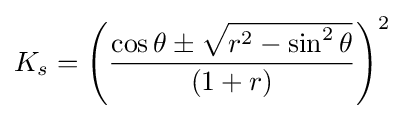
K_{s}=\left({\frac {\cos \theta \pm {\sqrt {r^{2}-\sin ^{2}\theta }}}{(1+r)}}\right)^{2}